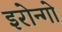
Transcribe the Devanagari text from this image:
इरोन्गो